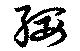
綏